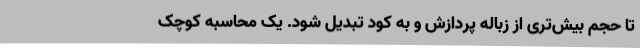
تا حجم بیش‌تری از زباله پردازش و به کود تبدیل شود. یک محاسبه کوچک